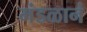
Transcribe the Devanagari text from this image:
मंडळानं